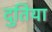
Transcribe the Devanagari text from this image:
दुतिया